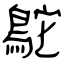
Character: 鴕